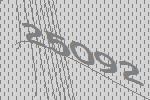
25092